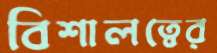
বিশালত্বের